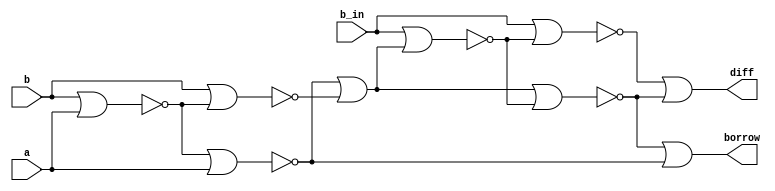
module fs_nor(a,b,b_in,diff, borrow);
  input a,b,b_in;
  output diff, borrow;
  wire w1,w2,w3,w4,w5,w6,w7,w8,w9,w10;

	
  assign w1  = ~(b|a);  
  assign w2  = ~(w1|a);
  assign w3  = ~(b|w1);
  assign w4 = ~(w2|w3);
  assign w5  = ~(w4|w4);
  assign w6  = ~(b_in|w5);
  assign w7  = ~(w5|w6);
  assign w8  = ~(b_in|w6);
  assign w9  = ~(w8|w7);
  assign w10  = ~(w7|w2);
  assign diff  = ~(w9|w9);
  assign borrow = ~(w10|w10);
endmodule